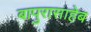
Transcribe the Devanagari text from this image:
बापुरासाहेब